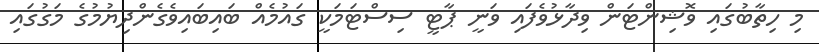
މި ހިތާބުގައި ވޮޝިންޓަން ވިދާޅުވެފައި ވަނީ ޕާޓީ ސިސްޓަމަކީ ގައުމެއް ބައިބައިވެގެންދިޔުމުގެ މަގުގައި